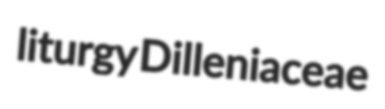
liturgy Dilleniaceae